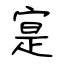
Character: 寔